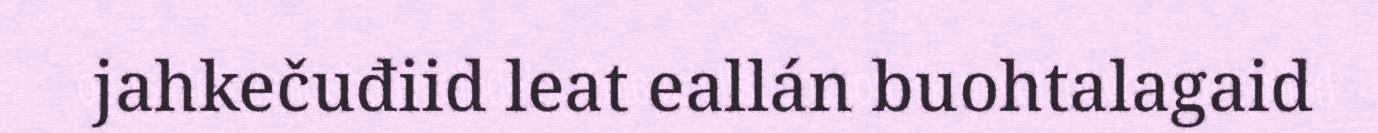
jahkečuđiid leat eallán buohtalagaid